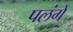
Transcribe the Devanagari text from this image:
पलंगें